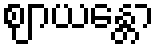
ဈာယန္တော